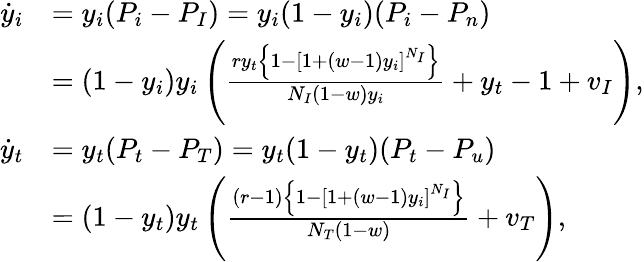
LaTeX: \begin{array}{rl}{\dot{y}_{i}}&{=y_{i}(P_{i}-P_{I})=y_{i}(1-y_{i})(P_{i}-P_{n})}\\ &{=(1-y_{i})y_{i}\left(\frac{ry_{t}\left\{ 1-\left[1+(w-1)y_{i}\right]^{N_{I}}\right\} }{N_{I}(1-w)y_{i}}+y_{t}-1+v_{I}\right),}\\ {\dot{y}_{t}}&{=y_{t}(P_{t}-P_{T})=y_{t}(1-y_{t})(P_{t}-P_{u})}\\ &{=(1-y_{t})y_{t}\left(\frac{(r-1)\left\{ 1-\left[1+(w-1)y_{i}\right]^{N_{I}}\right\} }{N_{T}(1-w)}+v_{T}\right),}\end{array}